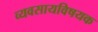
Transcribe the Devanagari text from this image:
व्यवसायविषयक